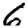
Digit: 6